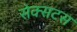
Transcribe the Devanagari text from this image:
सेक्सटस